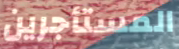
المستأجرين